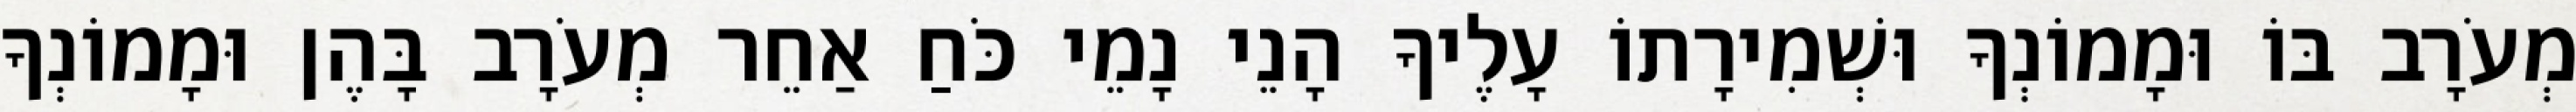
מְעֹרָב בּוֹ וּמָמוֹנְךָ וּשְׁמִירָתוֹ עָלֶיךָ הָנֵי נָמֵי כֹּחַ אַחֵר מְעֹרָב בָּהֶן וּמָמוֹנְךָ